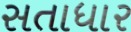
સતાધાર